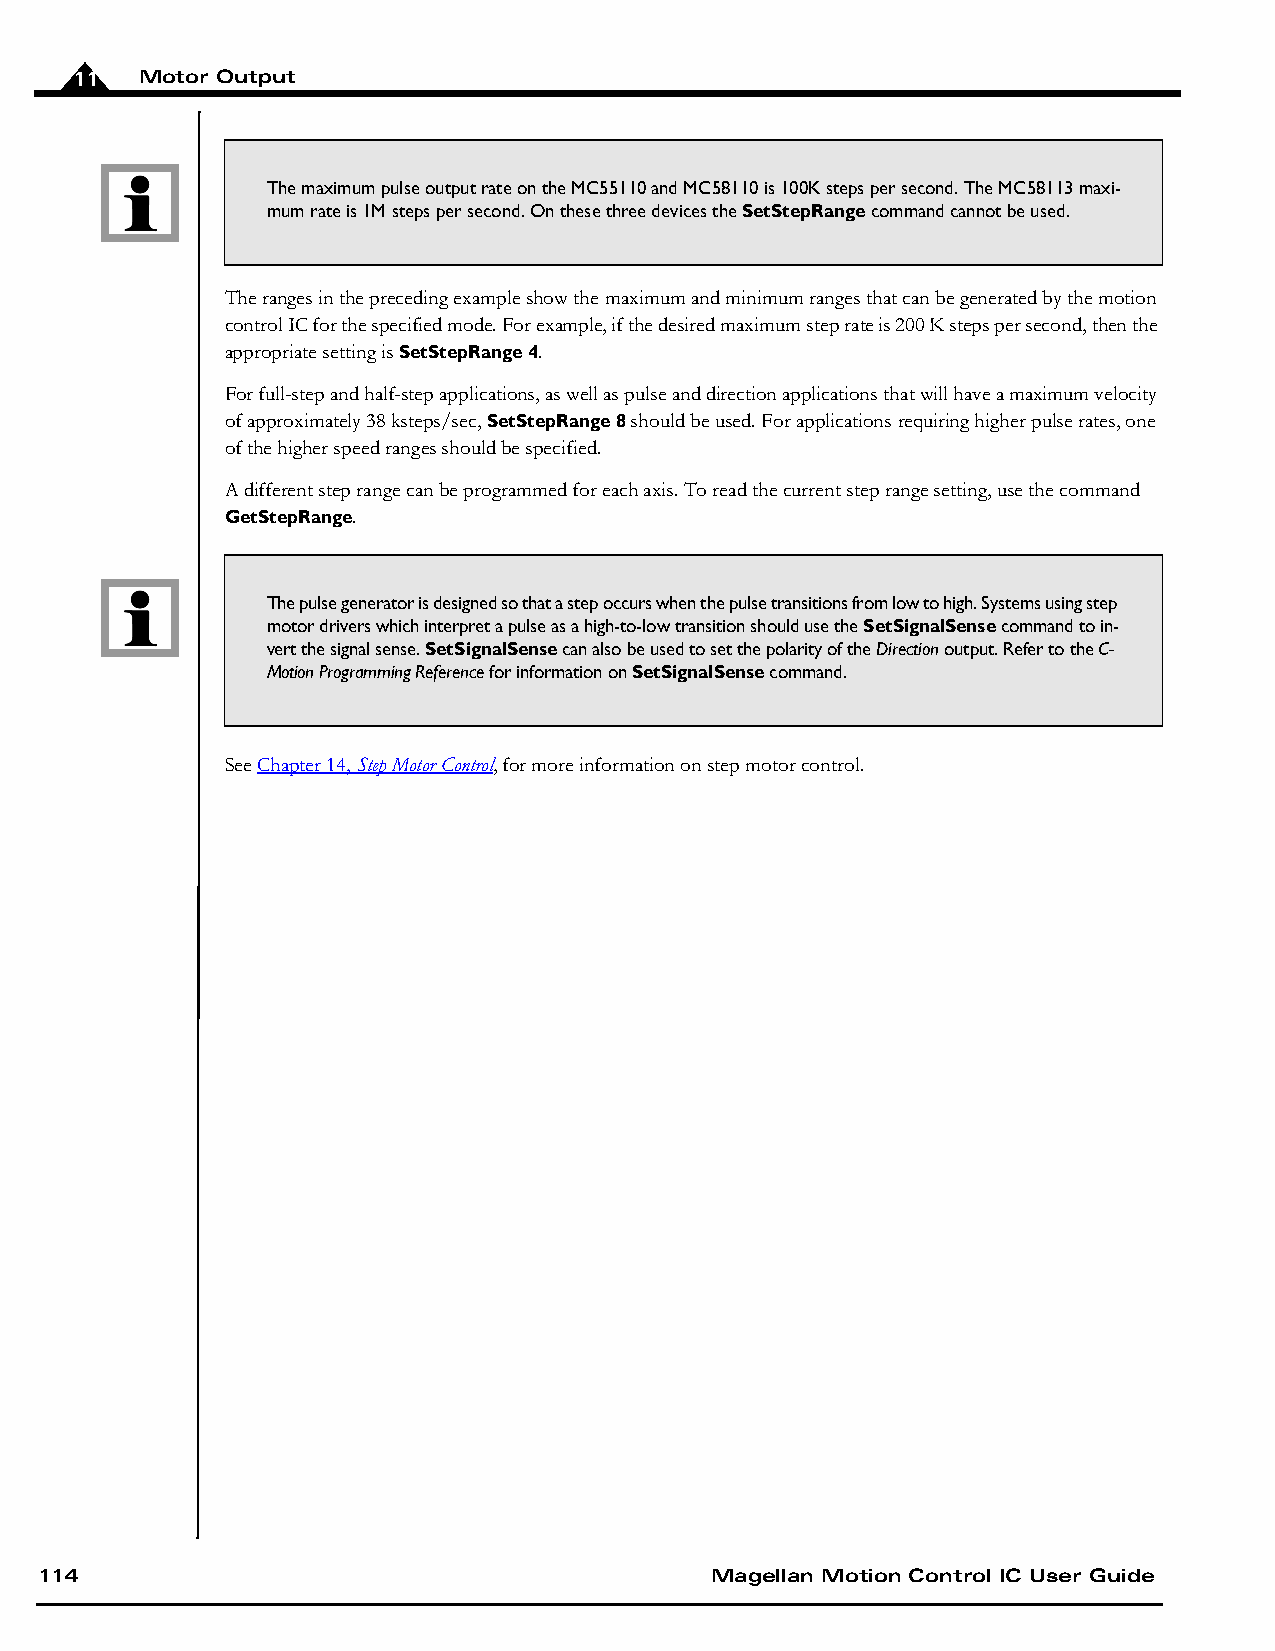
11  Motor Output
 The maximum pulse output rate on the MC55110 and MC58110 is 100K steps per second. The MC58113 maxi-
 mum rate is 1M steps per second. On these three devices the SetStepRange command cannot be used.
 The ranges in the preceding example show the maximum and minimum ranges that can be generated by the motion
 control IC for the specified mode. For example, if the desired maximum step rate is 200 K steps per second, then the
 appropriate setting is SetStepRange 4.
 For full-step and half-step applications, as well as pulse and direction applications that will have a maximum velocity
 of approximately 38 ksteps/sec, SetStepRange 8 should be used. For applications requiring higher pulse rates, one
 of the higher speed ranges should be specified.
 A different step range can be programmed for each axis. To read the current step range setting, use the command
 GetStepRange.
 The pulse generator is designed so that a step occurs when the pulse transitions from low to high. Systems using step
 motor drivers which interpret a pulse as a high-to-low transition should use the SetSignalSense command to in-
 vert the signal sense. SetSignalSense can also be used to set the polarity of the Direction output. Refer to the C-
 Motion Programming Reference for information on SetSignalSense command.
 See Chapter14, Step Motor Control, for more information on step motor control.
 114                                          Magellan Motion Control IC User Guide